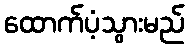
ထောက်ပံ့သွားမည်